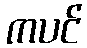
ကပင်